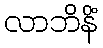
လာဘိနိံ